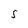
Character: S